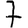
Digit: 7